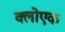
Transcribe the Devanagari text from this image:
क्लोएक